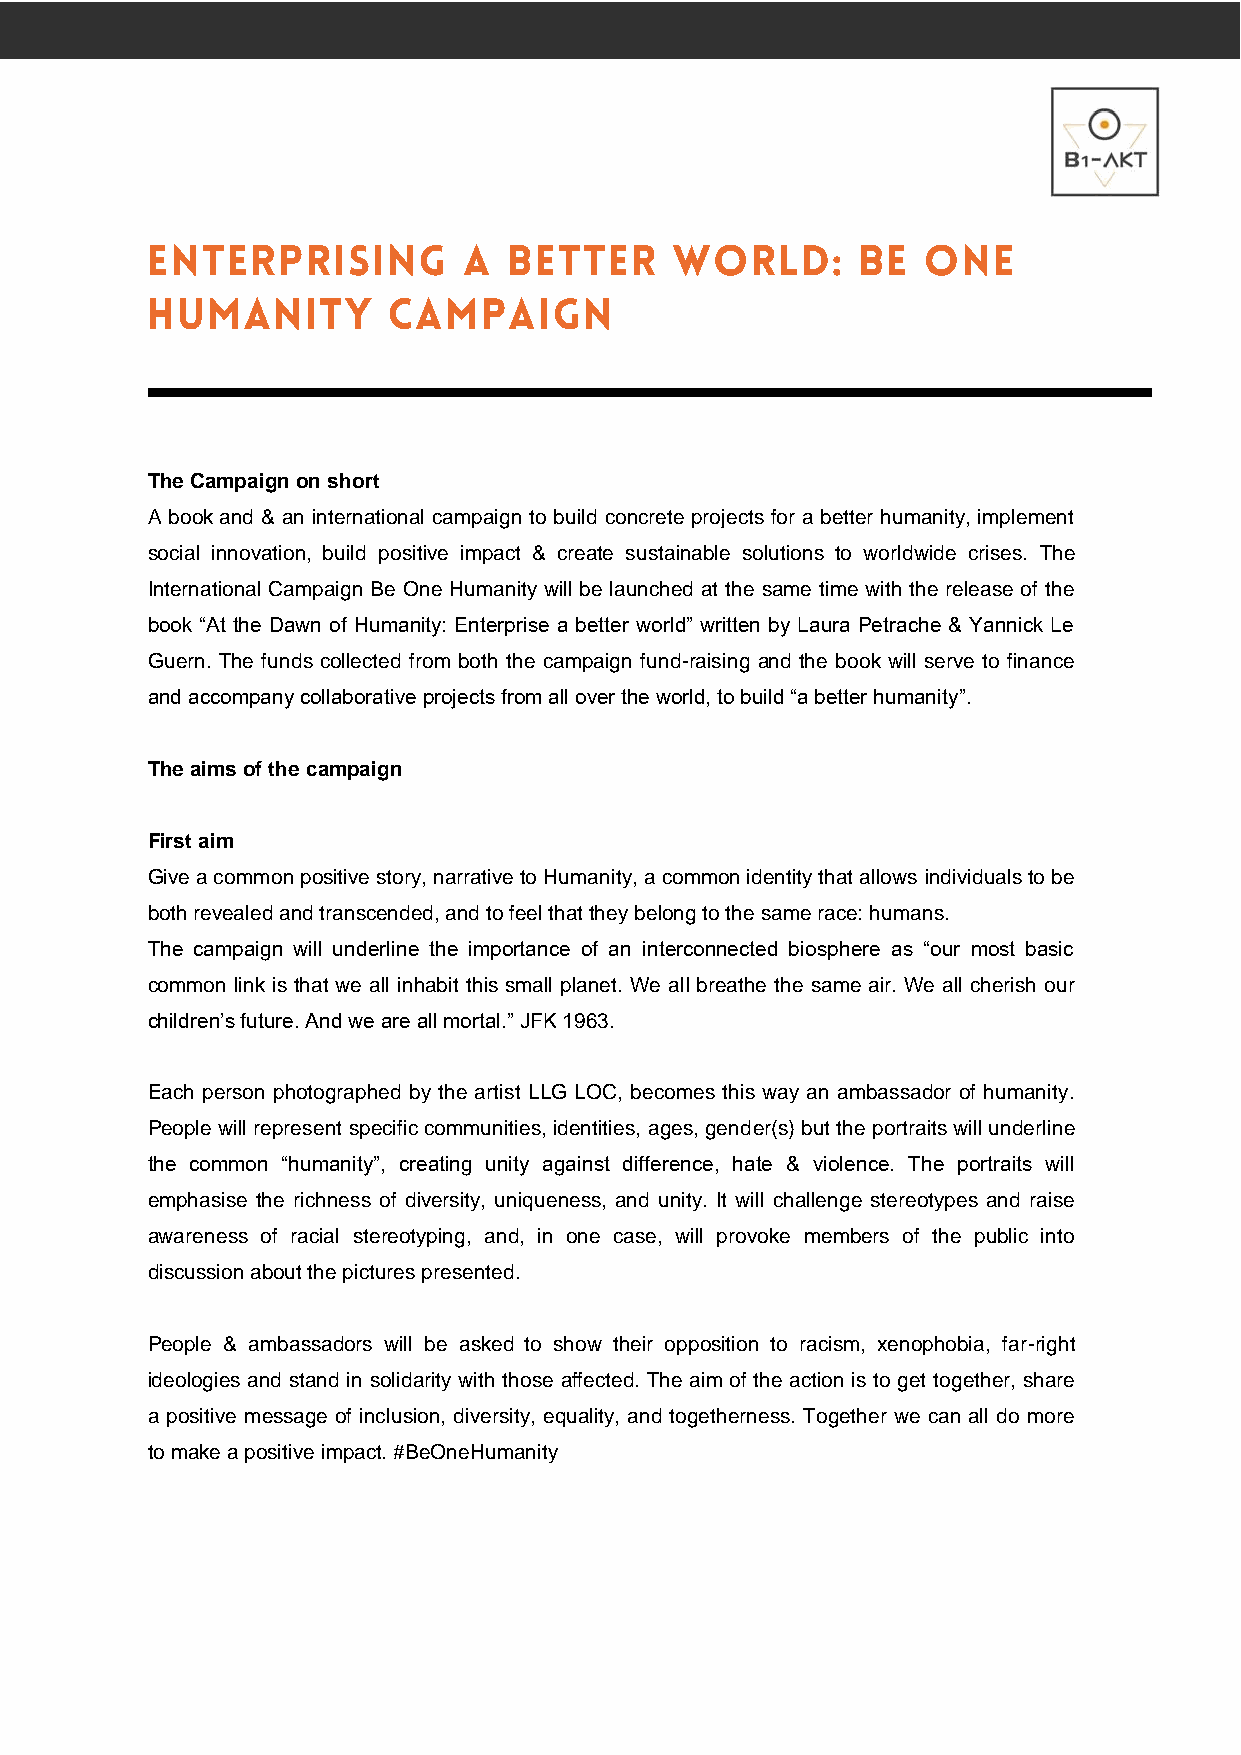
The Campaign on short
 A book and & an international campaign to build concrete projects for a better humanity, implement
 social innovation, build positive impact & create sustainable solutions to worldwide crises. The
 International Campaign Be One Humanity will be launched at the same time with the release of the
 book “At the Dawn of Humanity: Enterprise a better world” written by Laura Petrache & Yannick Le
 Guern. The funds collected from both the campaign fund-raising and the book will serve to finance
 and accompany collaborative projects from all over the world, to build “a better humanity”.
 The aims of the campaign
 First aim
 Give a common positive story, narrative to Humanity, a common identity that allows individuals to be
 both revealed and transcended, and to feel that they belong to the same race: humans.
 The campaign will underline the importance of an interconnected biosphere as “our most basic
 common link is that we all inhabit this small planet. We all breathe the same air. We all cherish our
 children’s future. And we are all mortal.” JFK 1963.
 Each person photographed by the artist LLG LOC, becomes this way an ambassador of humanity.
 People will represent specific communities, identities, ages, gender(s) but the portraits will underline
 the common “humanity”, creating unity against difference, hate & violence. The portraits will
 emphasise the richness of diversity, uniqueness, and unity. It will challenge stereotypes and raise
 awareness of racial stereotyping, and, in one case, will provoke members of the public into
 discussion about the pictures presented.
 People & ambassadors will be asked to show their opposition to racism, xenophobia, far-right
 ideologies and stand in solidarity with those affected. The aim of the action is to get together, share
 a positive message of inclusion, diversity, equality, and togetherness. Together we can all do more
 to make a positive impact. #BeOneHumanity